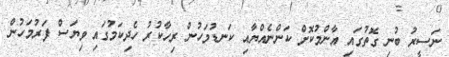
ނަސީރު ބުނި ގޮތުގައި އާންމުކޮށް ކަންނެއްޔާއި ކަނޑުމަހުން ރިހާކުރު ހެދިކަމުގައި ވިޔަސް ފަރުމަހުން